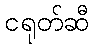
ငရုတ်ဆီ